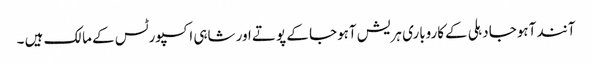
آنند آہوجا دہلی کےکاروباری ہریش آہوجا کے پوتے اور شاہی اکسپورٹس کے مالک ہیں ۔